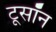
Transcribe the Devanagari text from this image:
टूसॉन